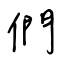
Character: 們